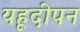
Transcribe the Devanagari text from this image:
यहूदीपन